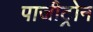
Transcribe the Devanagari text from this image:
पाजीट्रोन